Sketch of the medical history of the native army of Bombay, for the year
Year: 1872
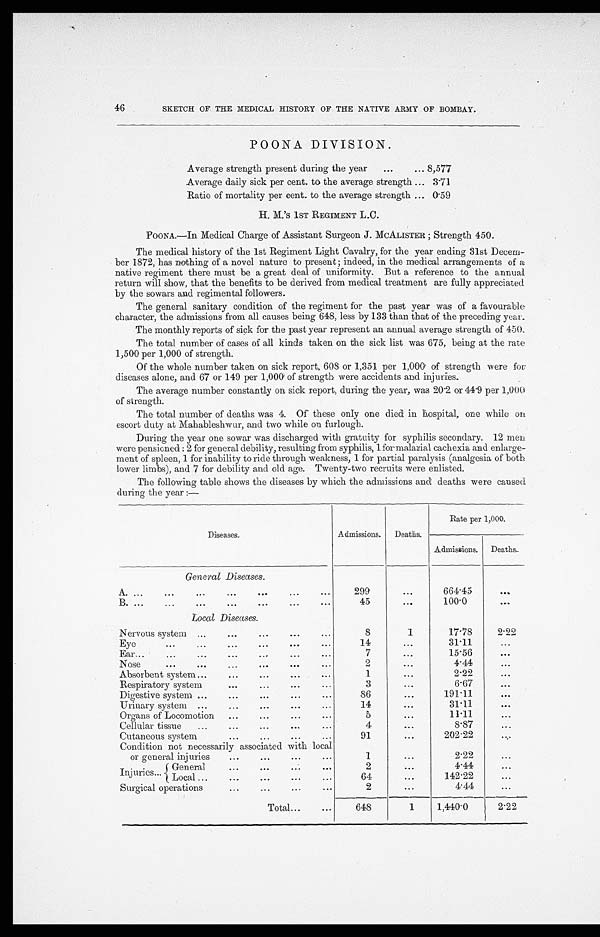
46
SKETCH OF THE MEDICAL HISTORY OF THE NATIVE ARMY OF BOMBAY.
POONA DIVISION.
Average strength present during the year . . . 8,577
Average daily sick per cent. to the average strength . . . 3.71
Ratio of mortality per cent. to the average strength . . . 0.59
H. M.'S 1ST REGIMENT L.C.
POONA.—In Medical Charge of Assistant Surgeon J.MCALISTER ; Strength 450.
The medical history of the 1st Regiment Light Cavalry, for the year ending 31st Decem
-ber 1872, has nothing of a novel nature to present; indeed, in the medical arrangements of a
native regiment there must be a great deal of uniformity. But a reference to the annual
return will show, that the benefits to be derived from medical treatment are fully appreciated
by the sowars and regimental followers.
The general sanitary condition of the regiment for the past year was of a favourable
character, the admissions from all causes being 648, less by 133 than that of the preceding year.
The monthly reports of sick for the past year represent an annual average strength of 450.
The total number of cases of all kinds taken on the sick list was 675, being at the rate
1,500 per 1,000 of strength.
Of the whole number taken on sick report, 608 or 1,351 per 1,000 of strength were for
diseases alone, and 67 or 149 per 1,000 of strength were accidents and injuries.
The average number constantly on sick report, during the year, was 20-2 or 44.9 per 1,000
of strength.
The total number of deaths was 4. Of these only one died in hospital, one while on
escort duty at Mahableshwur, and two while on furlough.
During the year one sowar was discharged with gratuity for syphilis secondary. 12 men
were pensioned : 2 for general debility, resulting from syphilis, 1 for malarial cachexia and enlarge
-ment of spleen, 1 for inability to ride through weakness, 1 for partial paralysis (analgesia of both
lower limbs), and 7 for debility and old age. Twenty-two recruits were enlisted.
The following table shows the diseases by which the admissions and deaths were caused
during the year :—
Diseases.
Admissions.
Deaths.
Rate per 1,000.
Admissions.
Deaths.
General Diseases .
A.
.
.
.
299
. . .
664.45
. . .
B.
.
.
.
45
. . .
100.0
. . .
Local Diseases.
Nervous system
. . .
8
1
17.78
2.22
Eye
.
.
.
14
. . .
31.11
. . .
Ear
.
.
.
7
. . .
15.56
. . .
Nose
.
.
.
2
. . .
4.44
. . .
Absorbent system . . .
1
. . .
2.22
. . .
Respiratory system . . .
3
. . .
6.67
. . .
Digestive system . . .
86
. . .
191.11
. . .
Urinary system . . .
14
. . .
31.11
. . .
Organs of Locomotion . . .
5
. . .
11.11
. . .
Cellular tissue . . .
4
. . .
8.87
. . .
Cutaneous system . . .
91
. . .
202.22
. . .
Condition not necessarily associated with local
or general injuries . . .
1
. . .
2.22
. . .
Injuries . . .
General . . .
2
. . .
4.41
. . .
Local
.
.
.
64
. . .
142.22
. . .
Surgical operations . . .
2
. . .
4.44
. . .
Total . . .
648
1
1,440.0
2.22